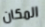
المكان